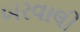
બરવાલી